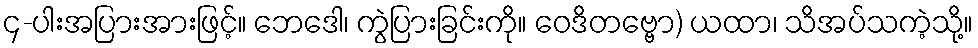
၄-ပါးအပြားအားဖြင့်။ ဘေဒေါ၊ ကွဲပြားခြင်းကို။ ဝေဒိတဗ္ဗော) ယထာ၊ သိအပ်သကဲ့သို့။